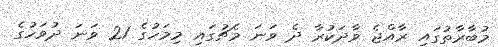
މުބާރާތުގައި ރާއްޖެ ވާދަކުރާ ދެ ވަނަ މެޗުގައި މިމަހުގެ 21 ވަނަ ދުވަހުގެ